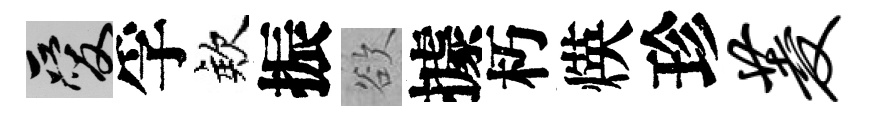
爱孚欸振欲據朽煐珍菱